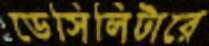
ডেসিলিটারে